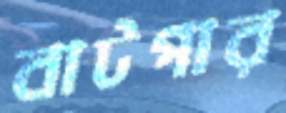
বাটপার